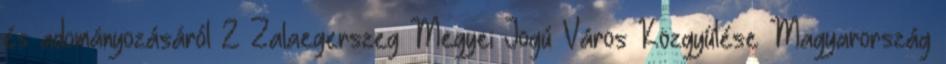
és adományozásáról 2 Zalaegerszeg Megyei Jogú Város Közgyűlése Magyarország